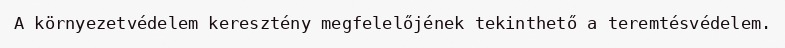
A környezetvédelem keresztény megfelelőjének tekinthető a teremtésvédelem.